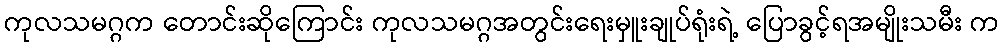
ကုလသမဂ္ဂက တောင်းဆိုကြောင်း ကုလသမဂ္ဂအတွင်းရေးမှူးချုပ်ရုံးရဲ့ ပြောခွင့်ရအမျိုးသမီး က